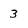
Character: 3